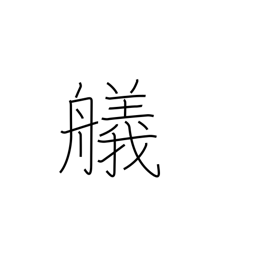
Meaning: landing a boat